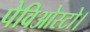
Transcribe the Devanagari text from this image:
पेविओस्टो।